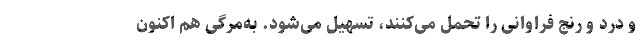
و درد و رنج فراوانی را تحمل می‌کنند، تسهیل می‌شود. به‌مرگی هم اکنون